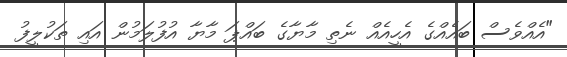
"އެއްވެސް ބައެއްގެ އެހީއެއް ނެތި މާޔާގެ ބައްޕަ މާޔާ އުފުލަމުން އައި ތަކުލީފު